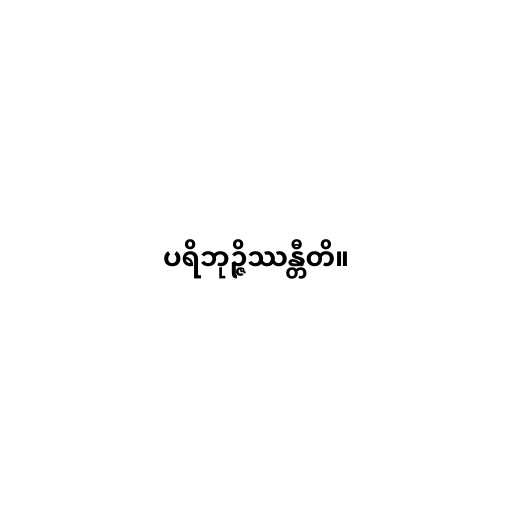
ပရိဘုဉ္ဇိဿန္တီတိ။